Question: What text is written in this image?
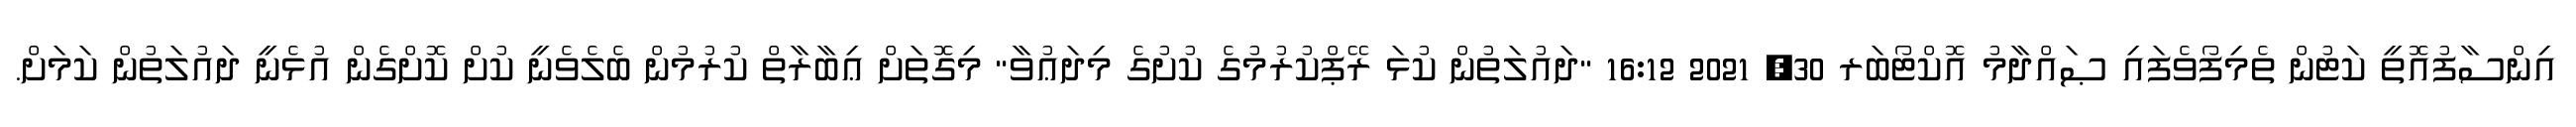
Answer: އިންސާފުއޮތީ ކަޓުން ތެމިފޯވެފައި ޞައްދާމު އޮކްޓޯބަރ 30, 2021 16:12 "ދައުލަތުން ކުޅަ ރޭޕްކުރުމުގެ ކުށުގެ މިދަޢުވާ" މިގޮތަށް ޢިބާރާތް ކުރުމުން ބެލެވެނީ ކުށް ކޮށްގެން އުޅެނީ ދައުލަތުން ކަމަށް.